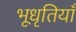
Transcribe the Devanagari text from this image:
भूधृतियाँ